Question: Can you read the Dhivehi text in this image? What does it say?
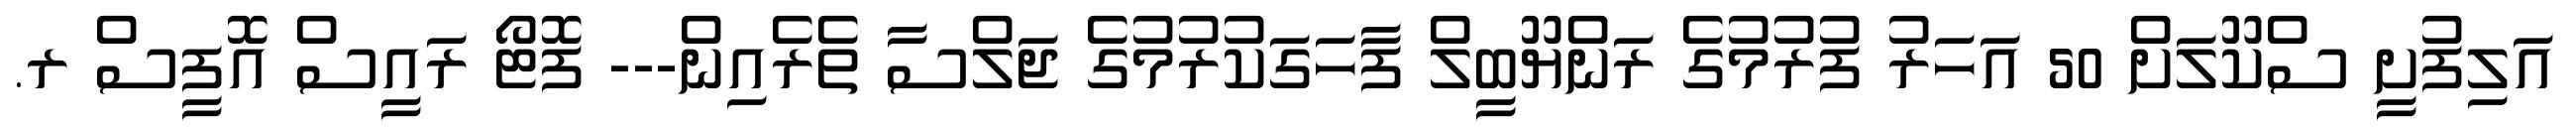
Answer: އަލިފުށީ ސްކޫލަށް 50 އަހަރު ފުރުމުގެ ރަންޔޫބީލް ފާހަގަކުރުމުގެ ޖަލްސާ ތެރެއިން--- ފޮޓޯ ރައީސް އޮފީސް ރ.